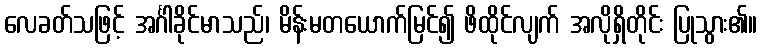
လေခတ်သဖြင့် အင်္ဂါခိုင်မာသည်၊ မိန်းမတယောက်မြင်၍ ဖိထိုင်လျက် အလိုရှိတိုင်း ပြုသွား၏။